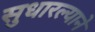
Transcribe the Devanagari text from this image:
सुधारल्याने